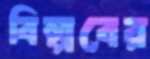
বিল্পবের